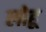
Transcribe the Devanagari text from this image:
लोहू